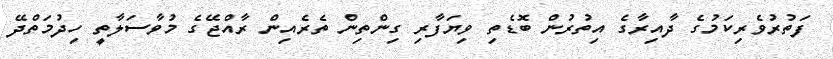
ފަތުރުވެރިކަމުގެ ދާއިރާގެ އިތުރުން ބޮޑެތި ވިޔަފާރި ގިންތިން ތެރެއިން ރާއްޖޭގެ މުވާސަލާތީ ހިދުމަތްދޭ